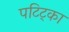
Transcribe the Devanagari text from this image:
पटिट्का